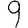
Digit: 9